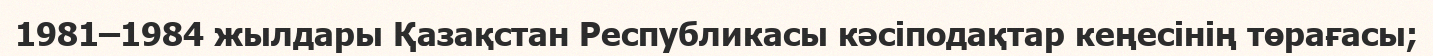
1981–1984 жылдары Қазақстан Республикасы кәсіподақтар кеңесінің төрағасы;